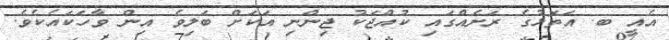
އެއީ ބ. އަތޮޅުގެ ރަށެއްގައި ކުއްޖަކު ޖިންނި އަކަށް ބަލިވެ އިން ވާހަކައެކެވެ.